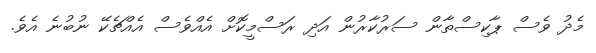
މެދު ވެސް ޕާކިސްތާން ސަރުކާރުން އަދި ރަސްމީކޮށް އެއްވެސް އެއްޗެކޭ ނުބުނެ އެވެ.